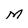
Character: M